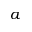
a